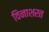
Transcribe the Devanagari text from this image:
विनाशरत